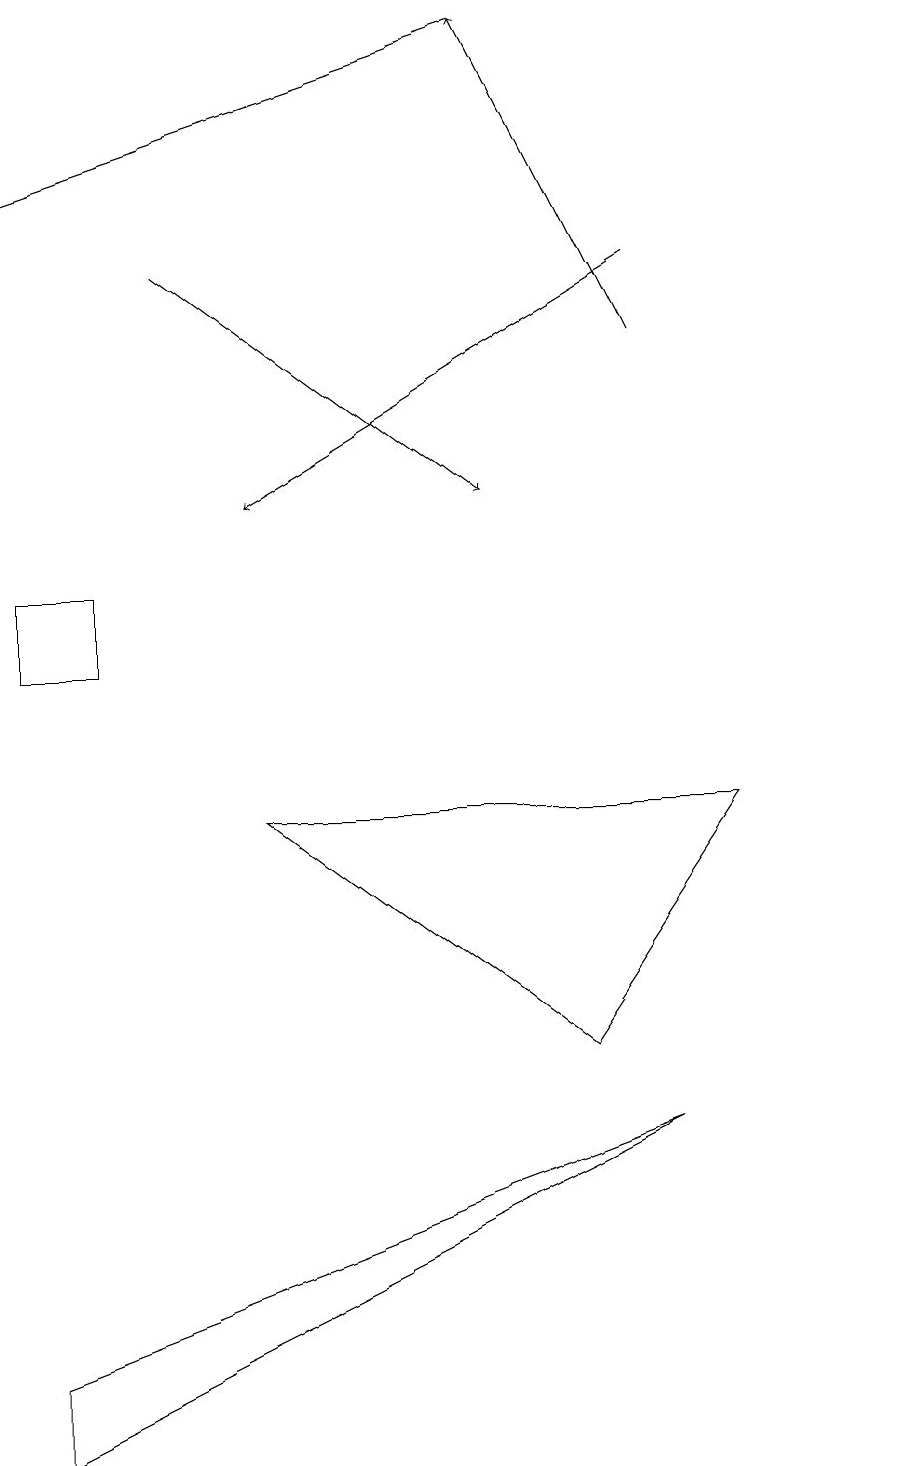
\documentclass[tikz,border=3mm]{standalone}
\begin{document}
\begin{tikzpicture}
\draw (11,11) circle (0);
\draw[->] (6,18) -- (0,16);
\draw[->] (8,14) -- (6,18);
\draw (8,4) -- (0,1) -- (0,0) -- cycle;
\draw (0,10) rectangle (1,11);
\draw[->] (8,15) -- (3,12);
\draw[->] (2,15) -- (6,12);
\draw (9,8) -- (3,8) -- (7,5) -- cycle;
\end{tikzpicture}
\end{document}